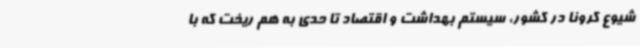
شیوع کرونا در کشور، سیستم بهداشت و اقتصاد تا حدی به هم ریخت که با